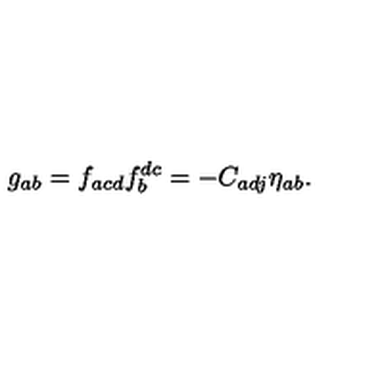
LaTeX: g _ { a b } = f _ { a c d } f _ { b } ^ { d c } = - C _ { a d j } \eta _ { a b } .